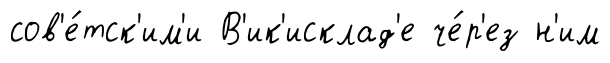
сов'е́тск'им'и В'ик'исклад'е че́р'ез н'им